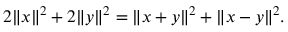
2 \| x \| ^ { 2 } + 2 \| y \| ^ { 2 } = \| x + y \| ^ { 2 } + \| x - y \| ^ { 2 } .